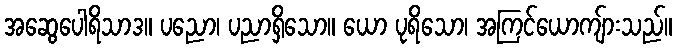
အဆွေပေါရိသာဒ။ ပညော၊ ပညာရှိသော။ ယော ပုရိသော၊ အကြင်ယောကျ်ားသည်။